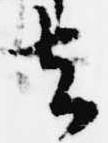
去